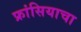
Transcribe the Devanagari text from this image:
फ्रांसियाचा